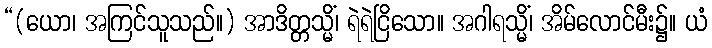
“(ယော၊ အကြင်သူသည်။) အာဒိတ္တသ္မိံ၊ ရဲရဲငြိသော။ အဂါရသ္မိံ၊ အိမ်လောင်မီး၌။ ယံ